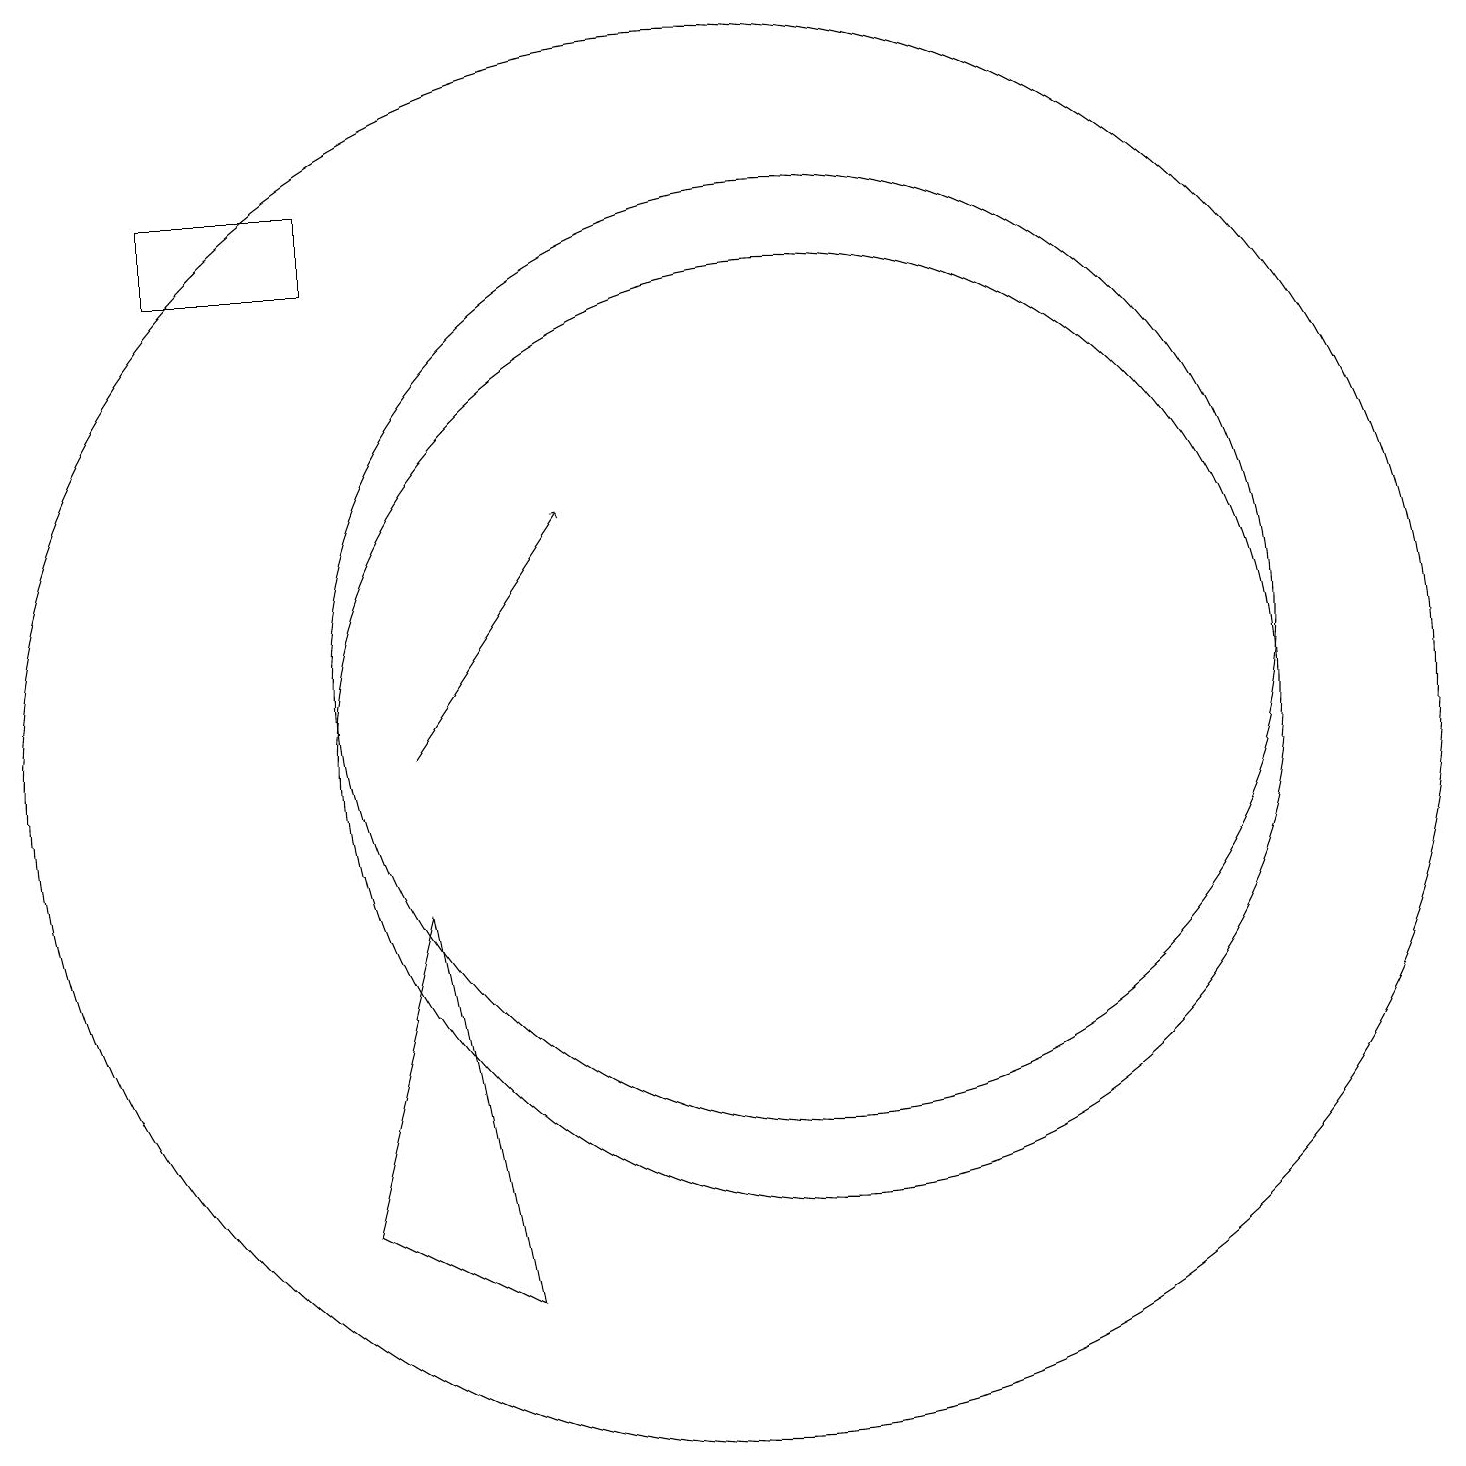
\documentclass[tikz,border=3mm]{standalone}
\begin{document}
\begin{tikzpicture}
\draw (1,18) rectangle (1,16);
\draw (11,12) circle (6);
\draw[->] (6,11) -- (8,14);
\draw (10,11) circle (9);
\draw (11,11) circle (6);
\draw (5,17) rectangle (3,18);
\draw (6,9) -- (7,4) -- (5,5) -- cycle;
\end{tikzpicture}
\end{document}